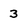
Character: 3